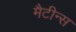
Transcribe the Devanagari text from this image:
मैटीन्स